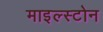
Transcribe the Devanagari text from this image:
माइल्स्टोन